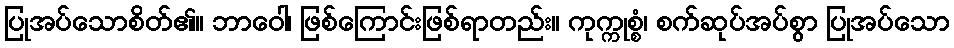
ပြုအပ်သောစိတ်၏။ ဘာဝေါ၊ ဖြစ်ကြောင်းဖြစ်ရာတည်း။ ကုက္ကုစ္စံ၊ စက်ဆုပ်အပ်စွာ ပြုအပ်သော